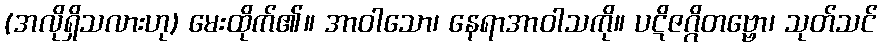
(အလိုရှိသလားဟု) မေးထိုက်၏။ အာဝါသော၊ နေရာအာဝါသကို။ ပဋိဇဂ္ဂိတဗ္ဗော၊ သုတ်သင်